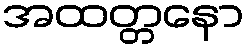
အထတ္တနော